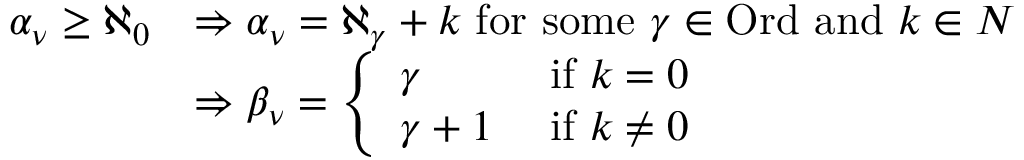
\begin{array} { r l } { \alpha _ { \nu } \geq \aleph _ { 0 } } & { \Rightarrow \alpha _ { \nu } = \aleph _ { \gamma } + k \mathrm { ~ f o r ~ s o m e ~ } \gamma \in \mathrm { O r d } \mathrm { ~ a n d ~ } k \in \boldsymbol { N } } \\ & { \Rightarrow \beta _ { \nu } = \left\{ \begin{array} { l l } { \gamma } & { \mathrm { ~ i f ~ } k = 0 } \\ { \gamma + 1 } & { \mathrm { ~ i f ~ } k \neq 0 } \end{array} \right. } \end{array}